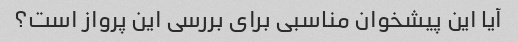
آیا این پیشخوان مناسبی برای بررسی این پرواز است؟